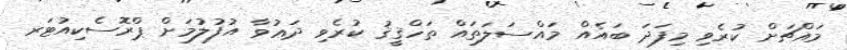
މައްޗަށް ކުރެވި މިފަދަ ބައެއް މައްސަލަތައް ތަހްޤީޤު ކުރެވި ދަޢުވާ އުފުލުމަށް ޕްރޮސެކިއުޓަރ